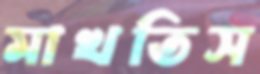
মাখতিস